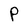
Character: P